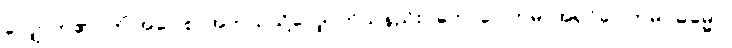
လျှောက်၏။ ကိံ အဝေါစ၊ အဘယ်သို့လျှောက်သနည်း။ ဘောဂေါတမ၊ အရှင်ဂေါတမ။ ဓမ္မော၊